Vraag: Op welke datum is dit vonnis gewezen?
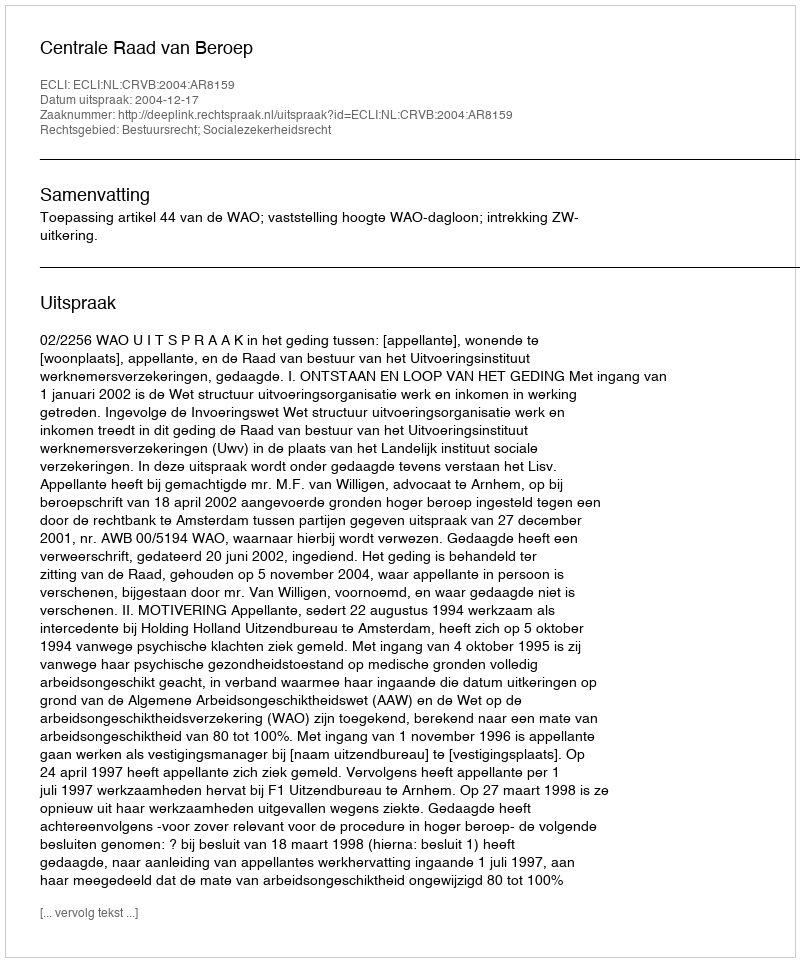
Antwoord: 2004-12-17